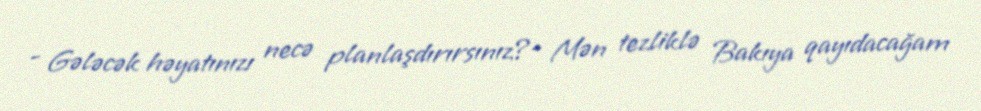
- Gələcək həyatınızı necə planlaşdırırsınız?- Mən tezliklə Bakıya qayıdacağam